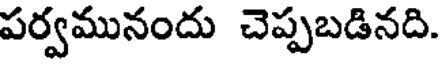
పర్వమునందు చెప్పబడినది.